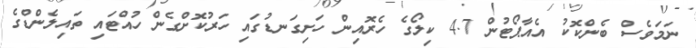
ނަމަވެސް ބެންކޮކު އެއާޕޯޓުން 4.7 ކިލޯގެ ހެރޮއިން ހަށިގަނޑުގައި ހަރުކޮށްގެން ހުއްޓައި ތައިލެންޑްގެ